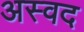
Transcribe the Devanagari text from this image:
अस्वद